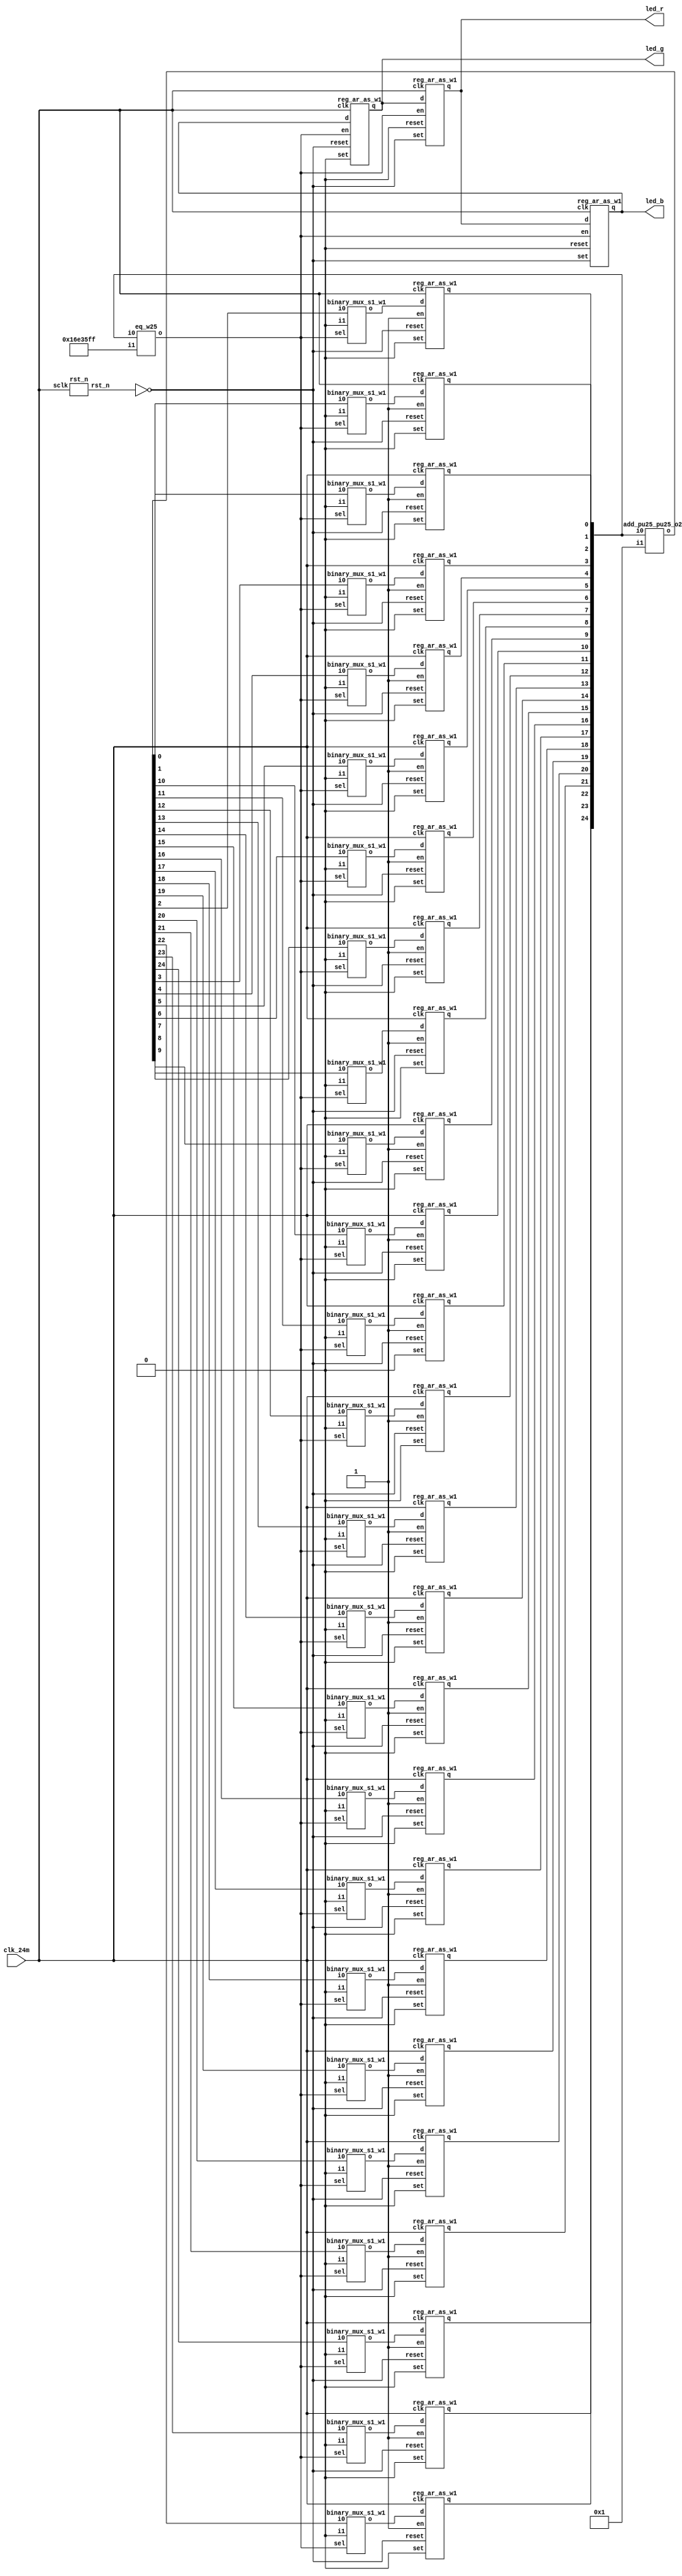
// This program was cloned from: https://github.com/verimake-team/SparkRoad-V
// License: MIT License

// Verilog netlist created by TD v4.6.12906
// Fri Jul 26 16:32:54 2019

`timescale 1ns / 1ps
module rgb_led  // sources/rtl/rgb_led.v(14)
  (
  clk_24m,
  led_b,
  led_g,
  led_r
  );

  input clk_24m;  // sources/rtl/rgb_led.v(15)
  output led_b;  // sources/rtl/rgb_led.v(18)
  output led_g;  // sources/rtl/rgb_led.v(17)
  output led_r;  // sources/rtl/rgb_led.v(16)

  parameter CNT = 24000000;
  wire [24:0] cnt_time;  // sources/rtl/rgb_led.v(31)
  wire [24:0] n2;
  wire [24:0] n3;
  wire n1;
  wire rst_n;  // sources/rtl/rgb_led.v(21)

  add_pu25_pu25_o25 add0 (
    .i0(cnt_time),
    .i1(25'b0000000000000000000000001),
    .o(n2));  // sources/rtl/rgb_led.v(40)
  eq_w25 eq0 (
    .i0(cnt_time),
    .i1(25'b1011011100011010111111111),
    .o(n1));  // sources/rtl/rgb_led.v(37)
  binary_mux_s1_w1 mux0_b0 (
    .i0(n2[0]),
    .i1(1'b0),
    .sel(n1),
    .o(n3[0]));  // sources/rtl/rgb_led.v(40)
  binary_mux_s1_w1 mux0_b1 (
    .i0(n2[1]),
    .i1(1'b0),
    .sel(n1),
    .o(n3[1]));  // sources/rtl/rgb_led.v(40)
  binary_mux_s1_w1 mux0_b10 (
    .i0(n2[10]),
    .i1(1'b0),
    .sel(n1),
    .o(n3[10]));  // sources/rtl/rgb_led.v(40)
  binary_mux_s1_w1 mux0_b11 (
    .i0(n2[11]),
    .i1(1'b0),
    .sel(n1),
    .o(n3[11]));  // sources/rtl/rgb_led.v(40)
  binary_mux_s1_w1 mux0_b12 (
    .i0(n2[12]),
    .i1(1'b0),
    .sel(n1),
    .o(n3[12]));  // sources/rtl/rgb_led.v(40)
  binary_mux_s1_w1 mux0_b13 (
    .i0(n2[13]),
    .i1(1'b0),
    .sel(n1),
    .o(n3[13]));  // sources/rtl/rgb_led.v(40)
  binary_mux_s1_w1 mux0_b14 (
    .i0(n2[14]),
    .i1(1'b0),
    .sel(n1),
    .o(n3[14]));  // sources/rtl/rgb_led.v(40)
  binary_mux_s1_w1 mux0_b15 (
    .i0(n2[15]),
    .i1(1'b0),
    .sel(n1),
    .o(n3[15]));  // sources/rtl/rgb_led.v(40)
  binary_mux_s1_w1 mux0_b16 (
    .i0(n2[16]),
    .i1(1'b0),
    .sel(n1),
    .o(n3[16]));  // sources/rtl/rgb_led.v(40)
  binary_mux_s1_w1 mux0_b17 (
    .i0(n2[17]),
    .i1(1'b0),
    .sel(n1),
    .o(n3[17]));  // sources/rtl/rgb_led.v(40)
  binary_mux_s1_w1 mux0_b18 (
    .i0(n2[18]),
    .i1(1'b0),
    .sel(n1),
    .o(n3[18]));  // sources/rtl/rgb_led.v(40)
  binary_mux_s1_w1 mux0_b19 (
    .i0(n2[19]),
    .i1(1'b0),
    .sel(n1),
    .o(n3[19]));  // sources/rtl/rgb_led.v(40)
  binary_mux_s1_w1 mux0_b2 (
    .i0(n2[2]),
    .i1(1'b0),
    .sel(n1),
    .o(n3[2]));  // sources/rtl/rgb_led.v(40)
  binary_mux_s1_w1 mux0_b20 (
    .i0(n2[20]),
    .i1(1'b0),
    .sel(n1),
    .o(n3[20]));  // sources/rtl/rgb_led.v(40)
  binary_mux_s1_w1 mux0_b21 (
    .i0(n2[21]),
    .i1(1'b0),
    .sel(n1),
    .o(n3[21]));  // sources/rtl/rgb_led.v(40)
  binary_mux_s1_w1 mux0_b22 (
    .i0(n2[22]),
    .i1(1'b0),
    .sel(n1),
    .o(n3[22]));  // sources/rtl/rgb_led.v(40)
  binary_mux_s1_w1 mux0_b23 (
    .i0(n2[23]),
    .i1(1'b0),
    .sel(n1),
    .o(n3[23]));  // sources/rtl/rgb_led.v(40)
  binary_mux_s1_w1 mux0_b24 (
    .i0(n2[24]),
    .i1(1'b0),
    .sel(n1),
    .o(n3[24]));  // sources/rtl/rgb_led.v(40)
  binary_mux_s1_w1 mux0_b3 (
    .i0(n2[3]),
    .i1(1'b0),
    .sel(n1),
    .o(n3[3]));  // sources/rtl/rgb_led.v(40)
  binary_mux_s1_w1 mux0_b4 (
    .i0(n2[4]),
    .i1(1'b0),
    .sel(n1),
    .o(n3[4]));  // sources/rtl/rgb_led.v(40)
  binary_mux_s1_w1 mux0_b5 (
    .i0(n2[5]),
    .i1(1'b0),
    .sel(n1),
    .o(n3[5]));  // sources/rtl/rgb_led.v(40)
  binary_mux_s1_w1 mux0_b6 (
    .i0(n2[6]),
    .i1(1'b0),
    .sel(n1),
    .o(n3[6]));  // sources/rtl/rgb_led.v(40)
  binary_mux_s1_w1 mux0_b7 (
    .i0(n2[7]),
    .i1(1'b0),
    .sel(n1),
    .o(n3[7]));  // sources/rtl/rgb_led.v(40)
  binary_mux_s1_w1 mux0_b8 (
    .i0(n2[8]),
    .i1(1'b0),
    .sel(n1),
    .o(n3[8]));  // sources/rtl/rgb_led.v(40)
  binary_mux_s1_w1 mux0_b9 (
    .i0(n2[9]),
    .i1(1'b0),
    .sel(n1),
    .o(n3[9]));  // sources/rtl/rgb_led.v(40)
  reg_ar_as_w1 reg0_b0 (
    .clk(clk_24m),
    .d(n3[0]),
    .en(1'b1),
    .reset(~rst_n),
    .set(1'b0),
    .q(cnt_time[0]));  // sources/rtl/rgb_led.v(40)
  reg_ar_as_w1 reg0_b1 (
    .clk(clk_24m),
    .d(n3[1]),
    .en(1'b1),
    .reset(~rst_n),
    .set(1'b0),
    .q(cnt_time[1]));  // sources/rtl/rgb_led.v(40)
  reg_ar_as_w1 reg0_b10 (
    .clk(clk_24m),
    .d(n3[10]),
    .en(1'b1),
    .reset(~rst_n),
    .set(1'b0),
    .q(cnt_time[10]));  // sources/rtl/rgb_led.v(40)
  reg_ar_as_w1 reg0_b11 (
    .clk(clk_24m),
    .d(n3[11]),
    .en(1'b1),
    .reset(~rst_n),
    .set(1'b0),
    .q(cnt_time[11]));  // sources/rtl/rgb_led.v(40)
  reg_ar_as_w1 reg0_b12 (
    .clk(clk_24m),
    .d(n3[12]),
    .en(1'b1),
    .reset(~rst_n),
    .set(1'b0),
    .q(cnt_time[12]));  // sources/rtl/rgb_led.v(40)
  reg_ar_as_w1 reg0_b13 (
    .clk(clk_24m),
    .d(n3[13]),
    .en(1'b1),
    .reset(~rst_n),
    .set(1'b0),
    .q(cnt_time[13]));  // sources/rtl/rgb_led.v(40)
  reg_ar_as_w1 reg0_b14 (
    .clk(clk_24m),
    .d(n3[14]),
    .en(1'b1),
    .reset(~rst_n),
    .set(1'b0),
    .q(cnt_time[14]));  // sources/rtl/rgb_led.v(40)
  reg_ar_as_w1 reg0_b15 (
    .clk(clk_24m),
    .d(n3[15]),
    .en(1'b1),
    .reset(~rst_n),
    .set(1'b0),
    .q(cnt_time[15]));  // sources/rtl/rgb_led.v(40)
  reg_ar_as_w1 reg0_b16 (
    .clk(clk_24m),
    .d(n3[16]),
    .en(1'b1),
    .reset(~rst_n),
    .set(1'b0),
    .q(cnt_time[16]));  // sources/rtl/rgb_led.v(40)
  reg_ar_as_w1 reg0_b17 (
    .clk(clk_24m),
    .d(n3[17]),
    .en(1'b1),
    .reset(~rst_n),
    .set(1'b0),
    .q(cnt_time[17]));  // sources/rtl/rgb_led.v(40)
  reg_ar_as_w1 reg0_b18 (
    .clk(clk_24m),
    .d(n3[18]),
    .en(1'b1),
    .reset(~rst_n),
    .set(1'b0),
    .q(cnt_time[18]));  // sources/rtl/rgb_led.v(40)
  reg_ar_as_w1 reg0_b19 (
    .clk(clk_24m),
    .d(n3[19]),
    .en(1'b1),
    .reset(~rst_n),
    .set(1'b0),
    .q(cnt_time[19]));  // sources/rtl/rgb_led.v(40)
  reg_ar_as_w1 reg0_b2 (
    .clk(clk_24m),
    .d(n3[2]),
    .en(1'b1),
    .reset(~rst_n),
    .set(1'b0),
    .q(cnt_time[2]));  // sources/rtl/rgb_led.v(40)
  reg_ar_as_w1 reg0_b20 (
    .clk(clk_24m),
    .d(n3[20]),
    .en(1'b1),
    .reset(~rst_n),
    .set(1'b0),
    .q(cnt_time[20]));  // sources/rtl/rgb_led.v(40)
  reg_ar_as_w1 reg0_b21 (
    .clk(clk_24m),
    .d(n3[21]),
    .en(1'b1),
    .reset(~rst_n),
    .set(1'b0),
    .q(cnt_time[21]));  // sources/rtl/rgb_led.v(40)
  reg_ar_as_w1 reg0_b22 (
    .clk(clk_24m),
    .d(n3[22]),
    .en(1'b1),
    .reset(~rst_n),
    .set(1'b0),
    .q(cnt_time[22]));  // sources/rtl/rgb_led.v(40)
  reg_ar_as_w1 reg0_b23 (
    .clk(clk_24m),
    .d(n3[23]),
    .en(1'b1),
    .reset(~rst_n),
    .set(1'b0),
    .q(cnt_time[23]));  // sources/rtl/rgb_led.v(40)
  reg_ar_as_w1 reg0_b24 (
    .clk(clk_24m),
    .d(n3[24]),
    .en(1'b1),
    .reset(~rst_n),
    .set(1'b0),
    .q(cnt_time[24]));  // sources/rtl/rgb_led.v(40)
  reg_ar_as_w1 reg0_b3 (
    .clk(clk_24m),
    .d(n3[3]),
    .en(1'b1),
    .reset(~rst_n),
    .set(1'b0),
    .q(cnt_time[3]));  // sources/rtl/rgb_led.v(40)
  reg_ar_as_w1 reg0_b4 (
    .clk(clk_24m),
    .d(n3[4]),
    .en(1'b1),
    .reset(~rst_n),
    .set(1'b0),
    .q(cnt_time[4]));  // sources/rtl/rgb_led.v(40)
  reg_ar_as_w1 reg0_b5 (
    .clk(clk_24m),
    .d(n3[5]),
    .en(1'b1),
    .reset(~rst_n),
    .set(1'b0),
    .q(cnt_time[5]));  // sources/rtl/rgb_led.v(40)
  reg_ar_as_w1 reg0_b6 (
    .clk(clk_24m),
    .d(n3[6]),
    .en(1'b1),
    .reset(~rst_n),
    .set(1'b0),
    .q(cnt_time[6]));  // sources/rtl/rgb_led.v(40)
  reg_ar_as_w1 reg0_b7 (
    .clk(clk_24m),
    .d(n3[7]),
    .en(1'b1),
    .reset(~rst_n),
    .set(1'b0),
    .q(cnt_time[7]));  // sources/rtl/rgb_led.v(40)
  reg_ar_as_w1 reg0_b8 (
    .clk(clk_24m),
    .d(n3[8]),
    .en(1'b1),
    .reset(~rst_n),
    .set(1'b0),
    .q(cnt_time[8]));  // sources/rtl/rgb_led.v(40)
  reg_ar_as_w1 reg0_b9 (
    .clk(clk_24m),
    .d(n3[9]),
    .en(1'b1),
    .reset(~rst_n),
    .set(1'b0),
    .q(cnt_time[9]));  // sources/rtl/rgb_led.v(40)
  reg_ar_as_w1 reg1_b0 (
    .clk(clk_24m),
    .d(led_g),
    .en(n1),
    .reset(1'b0),
    .set(~rst_n),
    .q(led_r));  // sources/rtl/rgb_led.v(50)
  reg_ar_as_w1 reg1_b1 (
    .clk(clk_24m),
    .d(led_b),
    .en(n1),
    .reset(~rst_n),
    .set(1'b0),
    .q(led_g));  // sources/rtl/rgb_led.v(50)
  reg_ar_as_w1 reg1_b2 (
    .clk(clk_24m),
    .d(led_r),
    .en(n1),
    .reset(1'b0),
    .set(~rst_n),
    .q(led_b));  // sources/rtl/rgb_led.v(50)
  rst_n ux_rst_n (
    .sclk(clk_24m),
    .rst_n(rst_n));  // sources/rtl/rgb_led.v(24)

endmodule 

module add_pu25_pu25_o25
  (
  i0,
  i1,
  o
  );

  input [24:0] i0;
  input [24:0] i1;
  output [24:0] o;

  wire net_a0;
  wire net_a1;
  wire net_a10;
  wire net_a11;
  wire net_a12;
  wire net_a13;
  wire net_a14;
  wire net_a15;
  wire net_a16;
  wire net_a17;
  wire net_a18;
  wire net_a19;
  wire net_a2;
  wire net_a20;
  wire net_a21;
  wire net_a22;
  wire net_a23;
  wire net_a24;
  wire net_a3;
  wire net_a4;
  wire net_a5;
  wire net_a6;
  wire net_a7;
  wire net_a8;
  wire net_a9;
  wire net_b0;
  wire net_b1;
  wire net_b10;
  wire net_b11;
  wire net_b12;
  wire net_b13;
  wire net_b14;
  wire net_b15;
  wire net_b16;
  wire net_b17;
  wire net_b18;
  wire net_b19;
  wire net_b2;
  wire net_b20;
  wire net_b21;
  wire net_b22;
  wire net_b23;
  wire net_b24;
  wire net_b3;
  wire net_b4;
  wire net_b5;
  wire net_b6;
  wire net_b7;
  wire net_b8;
  wire net_b9;
  wire net_cout0;
  wire net_cout1;
  wire net_cout10;
  wire net_cout11;
  wire net_cout12;
  wire net_cout13;
  wire net_cout14;
  wire net_cout15;
  wire net_cout16;
  wire net_cout17;
  wire net_cout18;
  wire net_cout19;
  wire net_cout2;
  wire net_cout20;
  wire net_cout21;
  wire net_cout22;
  wire net_cout23;
  wire net_cout24;
  wire net_cout3;
  wire net_cout4;
  wire net_cout5;
  wire net_cout6;
  wire net_cout7;
  wire net_cout8;
  wire net_cout9;
  wire net_sum0;
  wire net_sum1;
  wire net_sum10;
  wire net_sum11;
  wire net_sum12;
  wire net_sum13;
  wire net_sum14;
  wire net_sum15;
  wire net_sum16;
  wire net_sum17;
  wire net_sum18;
  wire net_sum19;
  wire net_sum2;
  wire net_sum20;
  wire net_sum21;
  wire net_sum22;
  wire net_sum23;
  wire net_sum24;
  wire net_sum3;
  wire net_sum4;
  wire net_sum5;
  wire net_sum6;
  wire net_sum7;
  wire net_sum8;
  wire net_sum9;

  assign net_a24 = i0[24];
  assign net_a23 = i0[23];
  assign net_a22 = i0[22];
  assign net_a21 = i0[21];
  assign net_a20 = i0[20];
  assign net_a19 = i0[19];
  assign net_a18 = i0[18];
  assign net_a17 = i0[17];
  assign net_a16 = i0[16];
  assign net_a15 = i0[15];
  assign net_a14 = i0[14];
  assign net_a13 = i0[13];
  assign net_a12 = i0[12];
  assign net_a11 = i0[11];
  assign net_a10 = i0[10];
  assign net_a9 = i0[9];
  assign net_a8 = i0[8];
  assign net_a7 = i0[7];
  assign net_a6 = i0[6];
  assign net_a5 = i0[5];
  assign net_a4 = i0[4];
  assign net_a3 = i0[3];
  assign net_a2 = i0[2];
  assign net_a1 = i0[1];
  assign net_a0 = i0[0];
  assign net_b24 = i1[24];
  assign net_b23 = i1[23];
  assign net_b22 = i1[22];
  assign net_b21 = i1[21];
  assign net_b20 = i1[20];
  assign net_b19 = i1[19];
  assign net_b18 = i1[18];
  assign net_b17 = i1[17];
  assign net_b16 = i1[16];
  assign net_b15 = i1[15];
  assign net_b14 = i1[14];
  assign net_b13 = i1[13];
  assign net_b12 = i1[12];
  assign net_b11 = i1[11];
  assign net_b10 = i1[10];
  assign net_b9 = i1[9];
  assign net_b8 = i1[8];
  assign net_b7 = i1[7];
  assign net_b6 = i1[6];
  assign net_b5 = i1[5];
  assign net_b4 = i1[4];
  assign net_b3 = i1[3];
  assign net_b2 = i1[2];
  assign net_b1 = i1[1];
  assign net_b0 = i1[0];
  assign o[24] = net_sum24;
  assign o[23] = net_sum23;
  assign o[22] = net_sum22;
  assign o[21] = net_sum21;
  assign o[20] = net_sum20;
  assign o[19] = net_sum19;
  assign o[18] = net_sum18;
  assign o[17] = net_sum17;
  assign o[16] = net_sum16;
  assign o[15] = net_sum15;
  assign o[14] = net_sum14;
  assign o[13] = net_sum13;
  assign o[12] = net_sum12;
  assign o[11] = net_sum11;
  assign o[10] = net_sum10;
  assign o[9] = net_sum9;
  assign o[8] = net_sum8;
  assign o[7] = net_sum7;
  assign o[6] = net_sum6;
  assign o[5] = net_sum5;
  assign o[4] = net_sum4;
  assign o[3] = net_sum3;
  assign o[2] = net_sum2;
  assign o[1] = net_sum1;
  assign o[0] = net_sum0;
  AL_FADD comp_0 (
    .a(net_a0),
    .b(net_b0),
    .c(1'b0),
    .cout(net_cout0),
    .sum(net_sum0));
  AL_FADD comp_1 (
    .a(net_a1),
    .b(net_b1),
    .c(net_cout0),
    .cout(net_cout1),
    .sum(net_sum1));
  AL_FADD comp_10 (
    .a(net_a10),
    .b(net_b10),
    .c(net_cout9),
    .cout(net_cout10),
    .sum(net_sum10));
  AL_FADD comp_11 (
    .a(net_a11),
    .b(net_b11),
    .c(net_cout10),
    .cout(net_cout11),
    .sum(net_sum11));
  AL_FADD comp_12 (
    .a(net_a12),
    .b(net_b12),
    .c(net_cout11),
    .cout(net_cout12),
    .sum(net_sum12));
  AL_FADD comp_13 (
    .a(net_a13),
    .b(net_b13),
    .c(net_cout12),
    .cout(net_cout13),
    .sum(net_sum13));
  AL_FADD comp_14 (
    .a(net_a14),
    .b(net_b14),
    .c(net_cout13),
    .cout(net_cout14),
    .sum(net_sum14));
  AL_FADD comp_15 (
    .a(net_a15),
    .b(net_b15),
    .c(net_cout14),
    .cout(net_cout15),
    .sum(net_sum15));
  AL_FADD comp_16 (
    .a(net_a16),
    .b(net_b16),
    .c(net_cout15),
    .cout(net_cout16),
    .sum(net_sum16));
  AL_FADD comp_17 (
    .a(net_a17),
    .b(net_b17),
    .c(net_cout16),
    .cout(net_cout17),
    .sum(net_sum17));
  AL_FADD comp_18 (
    .a(net_a18),
    .b(net_b18),
    .c(net_cout17),
    .cout(net_cout18),
    .sum(net_sum18));
  AL_FADD comp_19 (
    .a(net_a19),
    .b(net_b19),
    .c(net_cout18),
    .cout(net_cout19),
    .sum(net_sum19));
  AL_FADD comp_2 (
    .a(net_a2),
    .b(net_b2),
    .c(net_cout1),
    .cout(net_cout2),
    .sum(net_sum2));
  AL_FADD comp_20 (
    .a(net_a20),
    .b(net_b20),
    .c(net_cout19),
    .cout(net_cout20),
    .sum(net_sum20));
  AL_FADD comp_21 (
    .a(net_a21),
    .b(net_b21),
    .c(net_cout20),
    .cout(net_cout21),
    .sum(net_sum21));
  AL_FADD comp_22 (
    .a(net_a22),
    .b(net_b22),
    .c(net_cout21),
    .cout(net_cout22),
    .sum(net_sum22));
  AL_FADD comp_23 (
    .a(net_a23),
    .b(net_b23),
    .c(net_cout22),
    .cout(net_cout23),
    .sum(net_sum23));
  AL_FADD comp_24 (
    .a(net_a24),
    .b(net_b24),
    .c(net_cout23),
    .cout(net_cout24),
    .sum(net_sum24));
  AL_FADD comp_3 (
    .a(net_a3),
    .b(net_b3),
    .c(net_cout2),
    .cout(net_cout3),
    .sum(net_sum3));
  AL_FADD comp_4 (
    .a(net_a4),
    .b(net_b4),
    .c(net_cout3),
    .cout(net_cout4),
    .sum(net_sum4));
  AL_FADD comp_5 (
    .a(net_a5),
    .b(net_b5),
    .c(net_cout4),
    .cout(net_cout5),
    .sum(net_sum5));
  AL_FADD comp_6 (
    .a(net_a6),
    .b(net_b6),
    .c(net_cout5),
    .cout(net_cout6),
    .sum(net_sum6));
  AL_FADD comp_7 (
    .a(net_a7),
    .b(net_b7),
    .c(net_cout6),
    .cout(net_cout7),
    .sum(net_sum7));
  AL_FADD comp_8 (
    .a(net_a8),
    .b(net_b8),
    .c(net_cout7),
    .cout(net_cout8),
    .sum(net_sum8));
  AL_FADD comp_9 (
    .a(net_a9),
    .b(net_b9),
    .c(net_cout8),
    .cout(net_cout9),
    .sum(net_sum9));

endmodule 

module eq_w25
  (
  i0,
  i1,
  o
  );

  input [24:0] i0;
  input [24:0] i1;
  output o;

  wire \or_or_or_or_xor_i0[0_o ;
  wire \or_or_or_xor_i0[0]_i_o ;
  wire \or_or_or_xor_i0[12]__o ;
  wire \or_or_xor_i0[0]_i1[0_o ;
  wire \or_or_xor_i0[12]_i1[_o ;
  wire \or_or_xor_i0[18]_i1[_o ;
  wire \or_or_xor_i0[21]_i1[_o ;
  wire \or_or_xor_i0[6]_i1[6_o ;
  wire \or_xor_i0[0]_i1[0]_o_o ;
  wire \or_xor_i0[10]_i1[10]_o ;
  wire \or_xor_i0[12]_i1[12]_o ;
  wire \or_xor_i0[13]_i1[13]_o ;
  wire \or_xor_i0[15]_i1[15]_o ;
  wire \or_xor_i0[16]_i1[16]_o ;
  wire \or_xor_i0[18]_i1[18]_o ;
  wire \or_xor_i0[19]_i1[19]_o ;
  wire \or_xor_i0[1]_i1[1]_o_o ;
  wire \or_xor_i0[21]_i1[21]_o ;
  wire \or_xor_i0[23]_i1[23]_o ;
  wire \or_xor_i0[3]_i1[3]_o_o ;
  wire \or_xor_i0[4]_i1[4]_o_o ;
  wire \or_xor_i0[6]_i1[6]_o_o ;
  wire \or_xor_i0[7]_i1[7]_o_o ;
  wire \or_xor_i0[9]_i1[9]_o_o ;
  wire \xor_i0[0]_i1[0]_o ;
  wire \xor_i0[10]_i1[10]_o ;
  wire \xor_i0[11]_i1[11]_o ;
  wire \xor_i0[12]_i1[12]_o ;
  wire \xor_i0[13]_i1[13]_o ;
  wire \xor_i0[14]_i1[14]_o ;
  wire \xor_i0[15]_i1[15]_o ;
  wire \xor_i0[16]_i1[16]_o ;
  wire \xor_i0[17]_i1[17]_o ;
  wire \xor_i0[18]_i1[18]_o ;
  wire \xor_i0[19]_i1[19]_o ;
  wire \xor_i0[1]_i1[1]_o ;
  wire \xor_i0[20]_i1[20]_o ;
  wire \xor_i0[21]_i1[21]_o ;
  wire \xor_i0[22]_i1[22]_o ;
  wire \xor_i0[23]_i1[23]_o ;
  wire \xor_i0[24]_i1[24]_o ;
  wire \xor_i0[2]_i1[2]_o ;
  wire \xor_i0[3]_i1[3]_o ;
  wire \xor_i0[4]_i1[4]_o ;
  wire \xor_i0[5]_i1[5]_o ;
  wire \xor_i0[6]_i1[6]_o ;
  wire \xor_i0[7]_i1[7]_o ;
  wire \xor_i0[8]_i1[8]_o ;
  wire \xor_i0[9]_i1[9]_o ;

  not none_diff (o, \or_or_or_or_xor_i0[0_o );
  or \or_or_or_or_xor_i0[0  (\or_or_or_or_xor_i0[0_o , \or_or_or_xor_i0[0]_i_o , \or_or_or_xor_i0[12]__o );
  or \or_or_or_xor_i0[0]_i  (\or_or_or_xor_i0[0]_i_o , \or_or_xor_i0[0]_i1[0_o , \or_or_xor_i0[6]_i1[6_o );
  or \or_or_or_xor_i0[12]_  (\or_or_or_xor_i0[12]__o , \or_or_xor_i0[12]_i1[_o , \or_or_xor_i0[18]_i1[_o );
  or \or_or_xor_i0[0]_i1[0  (\or_or_xor_i0[0]_i1[0_o , \or_xor_i0[0]_i1[0]_o_o , \or_xor_i0[3]_i1[3]_o_o );
  or \or_or_xor_i0[12]_i1[  (\or_or_xor_i0[12]_i1[_o , \or_xor_i0[12]_i1[12]_o , \or_xor_i0[15]_i1[15]_o );
  or \or_or_xor_i0[18]_i1[  (\or_or_xor_i0[18]_i1[_o , \or_xor_i0[18]_i1[18]_o , \or_or_xor_i0[21]_i1[_o );
  or \or_or_xor_i0[21]_i1[  (\or_or_xor_i0[21]_i1[_o , \or_xor_i0[21]_i1[21]_o , \or_xor_i0[23]_i1[23]_o );
  or \or_or_xor_i0[6]_i1[6  (\or_or_xor_i0[6]_i1[6_o , \or_xor_i0[6]_i1[6]_o_o , \or_xor_i0[9]_i1[9]_o_o );
  or \or_xor_i0[0]_i1[0]_o  (\or_xor_i0[0]_i1[0]_o_o , \xor_i0[0]_i1[0]_o , \or_xor_i0[1]_i1[1]_o_o );
  or \or_xor_i0[10]_i1[10]  (\or_xor_i0[10]_i1[10]_o , \xor_i0[10]_i1[10]_o , \xor_i0[11]_i1[11]_o );
  or \or_xor_i0[12]_i1[12]  (\or_xor_i0[12]_i1[12]_o , \xor_i0[12]_i1[12]_o , \or_xor_i0[13]_i1[13]_o );
  or \or_xor_i0[13]_i1[13]  (\or_xor_i0[13]_i1[13]_o , \xor_i0[13]_i1[13]_o , \xor_i0[14]_i1[14]_o );
  or \or_xor_i0[15]_i1[15]  (\or_xor_i0[15]_i1[15]_o , \xor_i0[15]_i1[15]_o , \or_xor_i0[16]_i1[16]_o );
  or \or_xor_i0[16]_i1[16]  (\or_xor_i0[16]_i1[16]_o , \xor_i0[16]_i1[16]_o , \xor_i0[17]_i1[17]_o );
  or \or_xor_i0[18]_i1[18]  (\or_xor_i0[18]_i1[18]_o , \xor_i0[18]_i1[18]_o , \or_xor_i0[19]_i1[19]_o );
  or \or_xor_i0[19]_i1[19]  (\or_xor_i0[19]_i1[19]_o , \xor_i0[19]_i1[19]_o , \xor_i0[20]_i1[20]_o );
  or \or_xor_i0[1]_i1[1]_o  (\or_xor_i0[1]_i1[1]_o_o , \xor_i0[1]_i1[1]_o , \xor_i0[2]_i1[2]_o );
  or \or_xor_i0[21]_i1[21]  (\or_xor_i0[21]_i1[21]_o , \xor_i0[21]_i1[21]_o , \xor_i0[22]_i1[22]_o );
  or \or_xor_i0[23]_i1[23]  (\or_xor_i0[23]_i1[23]_o , \xor_i0[23]_i1[23]_o , \xor_i0[24]_i1[24]_o );
  or \or_xor_i0[3]_i1[3]_o  (\or_xor_i0[3]_i1[3]_o_o , \xor_i0[3]_i1[3]_o , \or_xor_i0[4]_i1[4]_o_o );
  or \or_xor_i0[4]_i1[4]_o  (\or_xor_i0[4]_i1[4]_o_o , \xor_i0[4]_i1[4]_o , \xor_i0[5]_i1[5]_o );
  or \or_xor_i0[6]_i1[6]_o  (\or_xor_i0[6]_i1[6]_o_o , \xor_i0[6]_i1[6]_o , \or_xor_i0[7]_i1[7]_o_o );
  or \or_xor_i0[7]_i1[7]_o  (\or_xor_i0[7]_i1[7]_o_o , \xor_i0[7]_i1[7]_o , \xor_i0[8]_i1[8]_o );
  or \or_xor_i0[9]_i1[9]_o  (\or_xor_i0[9]_i1[9]_o_o , \xor_i0[9]_i1[9]_o , \or_xor_i0[10]_i1[10]_o );
  xor \xor_i0[0]_i1[0]  (\xor_i0[0]_i1[0]_o , i0[0], i1[0]);
  xor \xor_i0[10]_i1[10]  (\xor_i0[10]_i1[10]_o , i0[10], i1[10]);
  xor \xor_i0[11]_i1[11]  (\xor_i0[11]_i1[11]_o , i0[11], i1[11]);
  xor \xor_i0[12]_i1[12]  (\xor_i0[12]_i1[12]_o , i0[12], i1[12]);
  xor \xor_i0[13]_i1[13]  (\xor_i0[13]_i1[13]_o , i0[13], i1[13]);
  xor \xor_i0[14]_i1[14]  (\xor_i0[14]_i1[14]_o , i0[14], i1[14]);
  xor \xor_i0[15]_i1[15]  (\xor_i0[15]_i1[15]_o , i0[15], i1[15]);
  xor \xor_i0[16]_i1[16]  (\xor_i0[16]_i1[16]_o , i0[16], i1[16]);
  xor \xor_i0[17]_i1[17]  (\xor_i0[17]_i1[17]_o , i0[17], i1[17]);
  xor \xor_i0[18]_i1[18]  (\xor_i0[18]_i1[18]_o , i0[18], i1[18]);
  xor \xor_i0[19]_i1[19]  (\xor_i0[19]_i1[19]_o , i0[19], i1[19]);
  xor \xor_i0[1]_i1[1]  (\xor_i0[1]_i1[1]_o , i0[1], i1[1]);
  xor \xor_i0[20]_i1[20]  (\xor_i0[20]_i1[20]_o , i0[20], i1[20]);
  xor \xor_i0[21]_i1[21]  (\xor_i0[21]_i1[21]_o , i0[21], i1[21]);
  xor \xor_i0[22]_i1[22]  (\xor_i0[22]_i1[22]_o , i0[22], i1[22]);
  xor \xor_i0[23]_i1[23]  (\xor_i0[23]_i1[23]_o , i0[23], i1[23]);
  xor \xor_i0[24]_i1[24]  (\xor_i0[24]_i1[24]_o , i0[24], i1[24]);
  xor \xor_i0[2]_i1[2]  (\xor_i0[2]_i1[2]_o , i0[2], i1[2]);
  xor \xor_i0[3]_i1[3]  (\xor_i0[3]_i1[3]_o , i0[3], i1[3]);
  xor \xor_i0[4]_i1[4]  (\xor_i0[4]_i1[4]_o , i0[4], i1[4]);
  xor \xor_i0[5]_i1[5]  (\xor_i0[5]_i1[5]_o , i0[5], i1[5]);
  xor \xor_i0[6]_i1[6]  (\xor_i0[6]_i1[6]_o , i0[6], i1[6]);
  xor \xor_i0[7]_i1[7]  (\xor_i0[7]_i1[7]_o , i0[7], i1[7]);
  xor \xor_i0[8]_i1[8]  (\xor_i0[8]_i1[8]_o , i0[8], i1[8]);
  xor \xor_i0[9]_i1[9]  (\xor_i0[9]_i1[9]_o , i0[9], i1[9]);

endmodule 

module binary_mux_s1_w1
  (
  i0,
  i1,
  sel,
  o
  );

  input i0;
  input i1;
  input sel;
  output o;


  AL_MUX al_mux_b0_0_0 (
    .i0(i0),
    .i1(i1),
    .sel(sel),
    .o(o));

endmodule 

module reg_ar_as_w1
  (
  clk,
  d,
  en,
  reset,
  set,
  q
  );

  input clk;
  input d;
  input en;
  input reset;
  input set;
  output q;

  parameter REGSET = "RESET";
  wire enout;

  AL_MUX u_en0 (
    .i0(q),
    .i1(d),
    .sel(en),
    .o(enout));
  AL_DFF #(
    .INI((REGSET == "SET") ? 1'b1 : 1'b0))
    u_seq0 (
    .clk(clk),
    .d(enout),
    .reset(reset),
    .set(set),
    .q(q));

endmodule 

module rst_n  // sources/rtl/rst.v(9)
  (
  sclk,
  rst_n
  );

  input sclk;  // sources/rtl/rst.v(11)
  output rst_n;  // sources/rtl/rst.v(12)

  wire [3:0] counter;  // sources/rtl/rst.v(15)
  wire [3:0] n1;
  wire n0;

  add_pu4_pu4_o4 add0 (
    .i0(counter),
    .i1(4'b0001),
    .o(n1));  // sources/rtl/rst.v(22)
  eq_w4 eq0 (
    .i0(counter),
    .i1(4'b1111),
    .o(n0));  // sources/rtl/rst.v(19)
  reg_ar_ss_w1 reg0_b0 (
    .clk(sclk),
    .d(n1[0]),
    .en(1'b1),
    .reset(1'b0),
    .set(n0),
    .q(counter[0]));  // sources/rtl/rst.v(23)
  reg_ar_ss_w1 reg0_b1 (
    .clk(sclk),
    .d(n1[1]),
    .en(1'b1),
    .reset(1'b0),
    .set(n0),
    .q(counter[1]));  // sources/rtl/rst.v(23)
  reg_ar_ss_w1 reg0_b2 (
    .clk(sclk),
    .d(n1[2]),
    .en(1'b1),
    .reset(1'b0),
    .set(n0),
    .q(counter[2]));  // sources/rtl/rst.v(23)
  reg_ar_ss_w1 reg0_b3 (
    .clk(sclk),
    .d(n1[3]),
    .en(1'b1),
    .reset(1'b0),
    .set(n0),
    .q(counter[3]));  // sources/rtl/rst.v(23)
  reg_ar_as_w1 rst_n_reg (
    .clk(sclk),
    .d(n0),
    .en(1'b1),
    .reset(1'b0),
    .set(1'b0),
    .q(rst_n));  // sources/rtl/rst.v(31)

endmodule 

module add_pu4_pu4_o4
  (
  i0,
  i1,
  o
  );

  input [3:0] i0;
  input [3:0] i1;
  output [3:0] o;

  wire net_a0;
  wire net_a1;
  wire net_a2;
  wire net_a3;
  wire net_b0;
  wire net_b1;
  wire net_b2;
  wire net_b3;
  wire net_cout0;
  wire net_cout1;
  wire net_cout2;
  wire net_cout3;
  wire net_sum0;
  wire net_sum1;
  wire net_sum2;
  wire net_sum3;

  assign net_a3 = i0[3];
  assign net_a2 = i0[2];
  assign net_a1 = i0[1];
  assign net_a0 = i0[0];
  assign net_b3 = i1[3];
  assign net_b2 = i1[2];
  assign net_b1 = i1[1];
  assign net_b0 = i1[0];
  assign o[3] = net_sum3;
  assign o[2] = net_sum2;
  assign o[1] = net_sum1;
  assign o[0] = net_sum0;
  AL_FADD comp_0 (
    .a(net_a0),
    .b(net_b0),
    .c(1'b0),
    .cout(net_cout0),
    .sum(net_sum0));
  AL_FADD comp_1 (
    .a(net_a1),
    .b(net_b1),
    .c(net_cout0),
    .cout(net_cout1),
    .sum(net_sum1));
  AL_FADD comp_2 (
    .a(net_a2),
    .b(net_b2),
    .c(net_cout1),
    .cout(net_cout2),
    .sum(net_sum2));
  AL_FADD comp_3 (
    .a(net_a3),
    .b(net_b3),
    .c(net_cout2),
    .cout(net_cout3),
    .sum(net_sum3));

endmodule 

module eq_w4
  (
  i0,
  i1,
  o
  );

  input [3:0] i0;
  input [3:0] i1;
  output o;

  wire \or_or_xor_i0[0]_i1[0_o ;
  wire \or_xor_i0[0]_i1[0]_o_o ;
  wire \or_xor_i0[2]_i1[2]_o_o ;
  wire \xor_i0[0]_i1[0]_o ;
  wire \xor_i0[1]_i1[1]_o ;
  wire \xor_i0[2]_i1[2]_o ;
  wire \xor_i0[3]_i1[3]_o ;

  not none_diff (o, \or_or_xor_i0[0]_i1[0_o );
  or \or_or_xor_i0[0]_i1[0  (\or_or_xor_i0[0]_i1[0_o , \or_xor_i0[0]_i1[0]_o_o , \or_xor_i0[2]_i1[2]_o_o );
  or \or_xor_i0[0]_i1[0]_o  (\or_xor_i0[0]_i1[0]_o_o , \xor_i0[0]_i1[0]_o , \xor_i0[1]_i1[1]_o );
  or \or_xor_i0[2]_i1[2]_o  (\or_xor_i0[2]_i1[2]_o_o , \xor_i0[2]_i1[2]_o , \xor_i0[3]_i1[3]_o );
  xor \xor_i0[0]_i1[0]  (\xor_i0[0]_i1[0]_o , i0[0], i1[0]);
  xor \xor_i0[1]_i1[1]  (\xor_i0[1]_i1[1]_o , i0[1], i1[1]);
  xor \xor_i0[2]_i1[2]  (\xor_i0[2]_i1[2]_o , i0[2], i1[2]);
  xor \xor_i0[3]_i1[3]  (\xor_i0[3]_i1[3]_o , i0[3], i1[3]);

endmodule 

module reg_ar_ss_w1
  (
  clk,
  d,
  en,
  reset,
  set,
  q
  );

  input clk;
  input d;
  input en;
  input reset;
  input set;
  output q;

  parameter REGSET = "RESET";
  wire enout;
  wire setout;

  AL_MUX u_en0 (
    .i0(q),
    .i1(d),
    .sel(en),
    .o(enout));
  AL_DFF #(
    .INI((REGSET == "SET") ? 1'b1 : 1'b0))
    u_seq0 (
    .clk(clk),
    .d(setout),
    .reset(reset),
    .set(1'b0),
    .q(q));
  AL_MUX u_set0 (
    .i0(enout),
    .i1(1'b1),
    .sel(set),
    .o(setout));

endmodule 

module AL_FADD
  (
  input a,
  input b,
  input c,
  output sum,
  output cout
  );

  wire prop;
  wire not_prop;
  wire sel_i0;
  wire sel_i1;

  xor u0 (prop, a, b);
  xor u1 (sum, prop, c);
  not u2 (not_prop, prop);
  and u3 (sel_i1, prop, c);
  and u4 (sel_i0, not_prop, a);
  or  u5 (cout, sel_i0, sel_i1);

endmodule

module AL_MUX
  (
  input i0,
  input i1,
  input sel,
  output o
  );

  wire not_sel, sel_i0, sel_i1;
  not u0 (not_sel, sel);
  and u1 (sel_i1, sel, i1);
  and u2 (sel_i0, not_sel, i0);
  or u3 (o, sel_i1, sel_i0);

endmodule

module AL_DFF
  (
  input reset,
  input set,
  input clk,
  input d,
  output reg q
  );

  parameter INI = 1'b0;

  always @(posedge reset or posedge set or posedge clk)
  begin
    if (reset)
      q <= 1'b0;
    else if (set)
      q <= 1'b1;
    else
      q <= d;
  end

endmodule